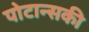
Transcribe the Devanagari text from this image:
पोटान्सकी